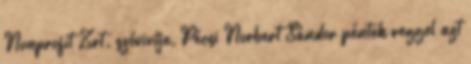
Nonprofit Zrt. szóvivője, Pécsi Norbert Sándor péntek reggel azt